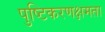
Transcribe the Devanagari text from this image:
पुष्टिकरणक्षमता